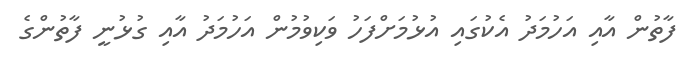
ފާތުން އާއި އަހުމަދު އެކުގައި އުޅުމަށްފަހު ވަކިވުމުން އަހުމަދު އާއި ގުޅުނީ ފާތުންގެ